Report on the lunatic asylums under the Government of Bombay - 1904-1913
Year: 1904
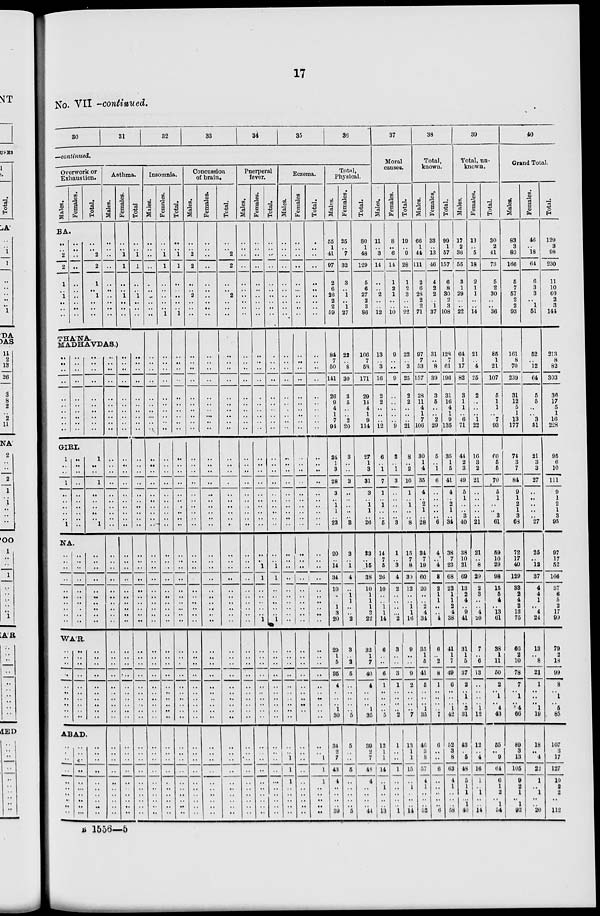
17
No. VII —continued.
30
31
32
33
34
35
36
—continued.
Overwork or
Exhaustion.
Males.
Females.
Total.
BA.
..
..
2
2
1
..
1
..
..
..
..
..
..
..
..
..
..
..
..
..
..
..
2
2
1
..
1
..
..
..
Asthma.
Males.
..
..
..
..
..
..
..
..
..
..
Females.
..
..
1
1
..
..
1
..
..
..
Total
..
..
1
1
..
..
1
..
..
..
THA'NA.
MADHAVDAS.)
..
..
..
..
..
..
..
..
..
..
..
..
..
..
..
..
..
..
..
..
..
..
..
..
..
..
..
..
..
..
GIRI.
1
..
..
1
..
..
.. ..
.. 1
..
..
..
..
..
..
..
..
..
..
1
..
..
1
..
..
..
..
.. 1
NA.
..
..
..
..
..
..
..
..
..
..
..
..
..
..
..
..
..
..
..
..
..
..
..
..
..
..
..
..
..
..
WAR.
..
..
..
..
..
..
..
..
..
..
..
..
..
..
..
..
..
..
..
..
..
..
..
..
..
..
..
..
..
..
ABAD.
..
..
..
..
..
..
..
..
.. ..
..
.. ..
..
..
..
..
..
.. ...
..
.. ..
..
..
..
..
..
.. ..
..
..
..
..
..
..
..
..
..
..
..
..
..
..
..
..
..
..
..
..
..
..
..
..
..
..
..
..
..
..
..
..
..
..
..
..
..
..
..
..
..
..
..
..
..
..
..
..
..
..
..
..
..
..
..
..
..
..
..
..
..
..
..
..
..
..
..
..
..
..
..
..
..
..
..
..
.. ..
..
..
..
..
..
..
..
..
..
..
..
..
..
..
..
..
..
..
..
..
..
..
..
..
..
..
..
..
..
..
..
..
..
..
..
..
..
..
..
..
..
..
..
..
..
..
..
..
..
..
..
..
..
..
..
..
..
..
..
..
..
..
..
..
..
..
..
..
..
..
..
Insomnia.
Males.
..
..
..
..
..
..
..
..
..
..
..
..
..
..
..
..
..
..
..
..
..
..
..
..
..
..
..
..
..
..
..
..
..
..
..
..
..
..
..
..
..
..
..
..
..
..
..
..
..
..
..
..
..
..
..
..
..
..
..
..
Females.
..
..
1
1
..
..
..
..
..
1
..
..
..
..
..
..
..
..
..
..
..
..
..
..
..
..
..
..
..
..
..
..
..
..
..
..
..
..
..
..
..
..
..
..
..
..
..
..
..
..
..
..
..
..
..
..
..
..
..
..
Total.
..
..
1
1
..
..
..
..
..
1
..
..
..
..
..
..
..
..
..
..
..
..
..
..
..
..
..
..
..
..
..
..
..
..
..
..
..
..
..
..
..
..
..
..
..
..
..
..
..
..
..
..
..
..
..
..
..
..
..
..
Concussion
of brain.
Males.
..
..
2
2
..
..
2
..
..
..
..
..
..
..
..
..
..
..
..
..
..
..
..
..
..
..
..
..
..
..
..
..
..
..
..
..
..
..
..
..
..
..
..
..
..
..
..
..
..
..
..
..
..
..
..
..
..
..
..
..
Females.
..
..
..
..
..
..
..
..
..
..
..
..
..
..
..
..
..
..
..
..
..
..
..
..
..
..
..
..
..
..
..
..
..
..
..
..
..
..
..
..
..
..
..
..
..
..
..
..
..
..
..
..
..
..
..
..
..
..
.. ..
Total.
..
..
2
2
..
..
2
..
..
..
..
..
..
..
..
..
..
..
..
..
..
..
..
..
..
.. ..
..
.. ..
..
..
..
..
..
..
..
..
..
..
..
..
..
..
..
..
..
..
..
..
..
..
..
..
..
..
..
..
..
..
Puerperal
fever.
Males.
..
..
..
..
..
..
..
..
..
..
..
..
..
..
..
..
..
..
..
..
..
..
..
..
..
..
..
..
..
..
..
..
..
..
..
..
..
..
..
..
..
..
..
..
..
..
..
..
..
..
..
..
..
..
..
..
..
..
..
..
Females.
..
..
..
..
..
..
..
..
..
..
..
..
..
..
..
..
..
..
..
..
..
..
..
..
..
..
..
..
..
..
..
..
1
1
..
..
..
..
..
1
..
..
..
..
..
..
..
..
..
..
..
..
..
..
..
..
..
..
..
..
Total.
..
..
..
..
..
..
..
..
..
..
..
..
..
..
..
..
..
..
..
..
..
..
..
..
..
..
..
..
..
..
..
..
1
1
..
..
..
..
..
1
..
..
..
..
..
..
..
..
..
..
..
..
..
..
...
..
..
..
..
..
Eczema.
Males.
..
..
..
..
..
..
..
..
..
..
..
..
..
..
..
..
..
.. ..
..
..
..
..
..
..
..
..
..
..
..
..
..
..
..
..
..
..
..
..
..
..
..
..
..
..
..
..
..
..
..
..
..
1
1
1
..
..
..
..
..
Females
..
..
..
..
..
..
..
..
..
..
..
..
..
..
..
..
..
..
..
..
..
..
..
..
..
..
..
..
..
..
..
..
..
..
..
..
..
..
..
..
..
..
..
..
..
..
..
..
..
..
..
..
..
..
..
..
..
..
..
..
Total.
..
..
..
..
..
..
..
..
..
..
..
..
..
..
..
..
..
..
..
..
..
..
..
..
..
..
..
..
..
..
..
..
..
..
..
..
..
..
..
..
..
..
..
..
..
..
..
..
..
..
..
.. 1
1
1
..
..
..
.. ..
Total,
Physical.
Males.
55
1
41
97
2
6
26
2
2
59
84
7
50
141
26
9
4
1
7
94
24
1
3
28
3
.. 1
1
.. 23
20
..
14
34
10
..
..
1
3
20
29
1
5
35
4
..
..
..
1
30
34
2
7
43
4
..
..
..
.. 39
Females.
25
..
7
32
3
..
1
..
1
27
22
.. 8
30
3
5
..
.. 2
20
3
..
..
3
..
..
..
..
.. 3
3
..
1
4
..
1
1
..
..
2
3
..
2
5
..
..
..
..
.. 5
5
..
..
5
..
..
..
..
.. 5
Total.
80
1
48
129
5
6
27
2
3
86
106
7
58
171
29
14
4
1
9
114
27
1
3
31
3
.. 1
1
.. 26
23
..
15
38
10
1
1
1
3
22
32
1
7
40
4
..
..
..
1
35
39
2
7
48
4
..
..
..
44
37
Moral
causes.
Males.
11
..
3
14
..
..
2
..
..
12
13
.. 3
16
2
2
..
..
..
12
6
..
1
7
1
.. 1
..
.. 6
14
7
5
26
10
..
..
1
1
14
6
..
..
6
1
..
..
..
.. 5
12
1
1
14
..
1
..
..
.. 13
Females.
8
..
6
14
1
2
1
..
..
10
9
..
..
9
..
..
..
..
..
9
2
.. 1
3
..
..
..
..
.. 3
1
..
3
4
2
..
..
..
..
2
3
..
..
3
1
..
..
..
.. 2
1
..
..
1
..
..
..
..
.. 1
Total.
19
..
9
28
1
2
3
..
..
22
22
.. 3
25
2
2
..
..
..
21
8
.. 2
10
1
.. 1
..
.. 8
15
7
8
30
12
..
..
1
1
16
9
..
..
9
2
..
..
..
.. 7
13
1
1
15
..
1
..
..
.. 14
38
Total,
known.
Males.
66
1
44
111
2
6
28
2
2
71
97
7
53
157
28
11
4
1
7
106
30
1
4
35
4
.. 2
1
.. 28
34
7
19
60
20
..
..
2
4
34
35
1
5
41
5
..
..
..
1
35
46
3
8
57
4
1
..
..
.. 52
Females.
33
..
13
40
4
2
2
..
1
37
31
..
8
39
3
5
..
.. 2
29
5
.. 1
6
..
..
..
..
.. 6
4
..
4
8
2
1
1
..
..
4
6
.. 2
8
1
..
..
..
.. 7
6
..
..
6
..
..
..
..
.. 6
Total.
99
1
57
157
6
8
30
2
3
108
128
7
61
196
31
16
4
1
9
135
35
1
5
41
4
.. 2
1
.. 34
38
7
23
68
22
1
1
2
4
38
41
1
7
49
6
..
..
..
1
42
52
3
8
63
4
1
..
..
.. 58
39
Total, un-
known.
Males.
17
2
36
55
3
1
29
..
..
22
64
1
17
82
3
1
1
.. 6
71
44
2
3
49
5
1
..
..
3
40
38
10
21
69
13
2
4
.. 9
41
31
1
5
37
2
..
1
..
3
31
43
..
5
48
5
1
1
..
1
40
Females.
13
..
5
18
2
1
1
..
..
14
21
.. 4
25
2
..
..
.. 1
22
16
3
2
21
..
..
..
..
..
21
21
..
8
29
2
3
..
.. 4
20
7
..
6
13
..
..
..
..
1
12
12
..
4
16
1
..
1
..
.. 14
Total.
30
2
41
73
5
2
30
..
..
36
85
1
21
107
5
1
1
.. 7
93
60
5
5
70
5
1
..
..
3
61
59
10
29
98
15
5
4
.. 13
61
38
1
11
50
2
..
1
..
4
43
55
.. 9
64
6
1
2
..
1
54
40
Grand Total.
Males.
83
3
80
166
5
7
57
2
2
93
161
8
70
239
31
12
5
1
13
177
74
3
7
84
9
1
2
1
3
68
72
17
40
129
33
2
4
2
13
75
66
2
10
78
7
..
1
..
4
66
89
3
13
105
9
2
1
..
1
92
Females.
46
..
18
64
6
3
3
..
1
51
52
.. 12
64
5
5
..
.. 3
51
21
3
3
27
..
..
..
..
..
27
25
..
12
37
4
4
1
.. 4
24
13
.. 8
21
1
..
..
..
1
19
18
..
4
22
1
..
1
..
..
20
Total.
129
3
98
230
11
10
60
2
3
144
213
8
82
303
36
17
5
1
16
228
95
6
10
111
9
1
2
1
3
95
97
17
52
166
37
6
5
2
17
99
79
2
18
99
8
..
1
..
5
85
107
3
17
127
10
2
2
..
.. 112
B 1556—5